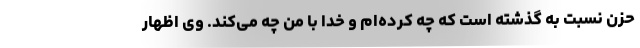
حزن نسبت به گذشته است که چه کرده‌ام و خدا با من چه می‌کند. وی اظهار